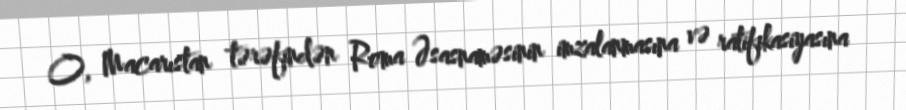
O, Macarıstan tərəfindən Roma Əsasnaməsinin imzalanmasına və ratifikasiyasına